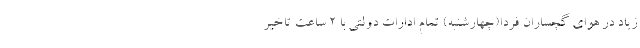
زیاد در هوای گچساران فردا(چهارشنبه) تمام ادارات دولتی با ۲ ساعت تاخیر